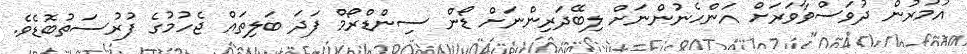
އުމުރުން ދުވަސްވާވަރަށް އަންހެނުންނަށް ލިބޭދަރިންނަށް ޑޯން ސިންޑްރޯމް ފަދަ ބަލިތައް ޖެހުމުގެ ފުރުސަތުބޮޑެވެ.